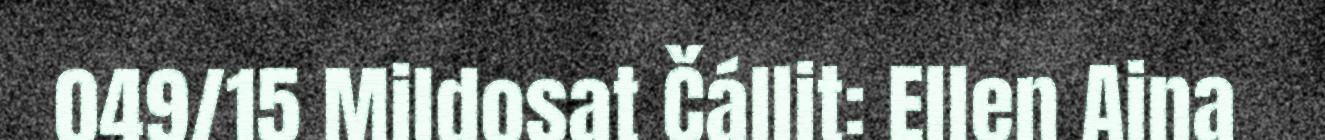
049/15 Mildosat Čállit: Ellen Aina